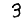
Digit: 3